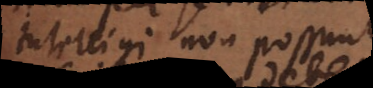
intelligi non possunt.